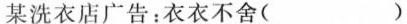
某洗衣店广告：衣衣不舍()